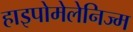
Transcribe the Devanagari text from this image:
हाइपोमेलेनिज्म